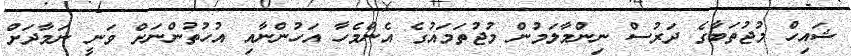
ޝައިހް މުޖުތަބާގެ ދަރުސް ނިންމާލަމުން މުޖުތަމައުގެ އެންމެހާ އަހުންނާއި އުހުތުންނަށް ވަނީ ނަމާދަށް